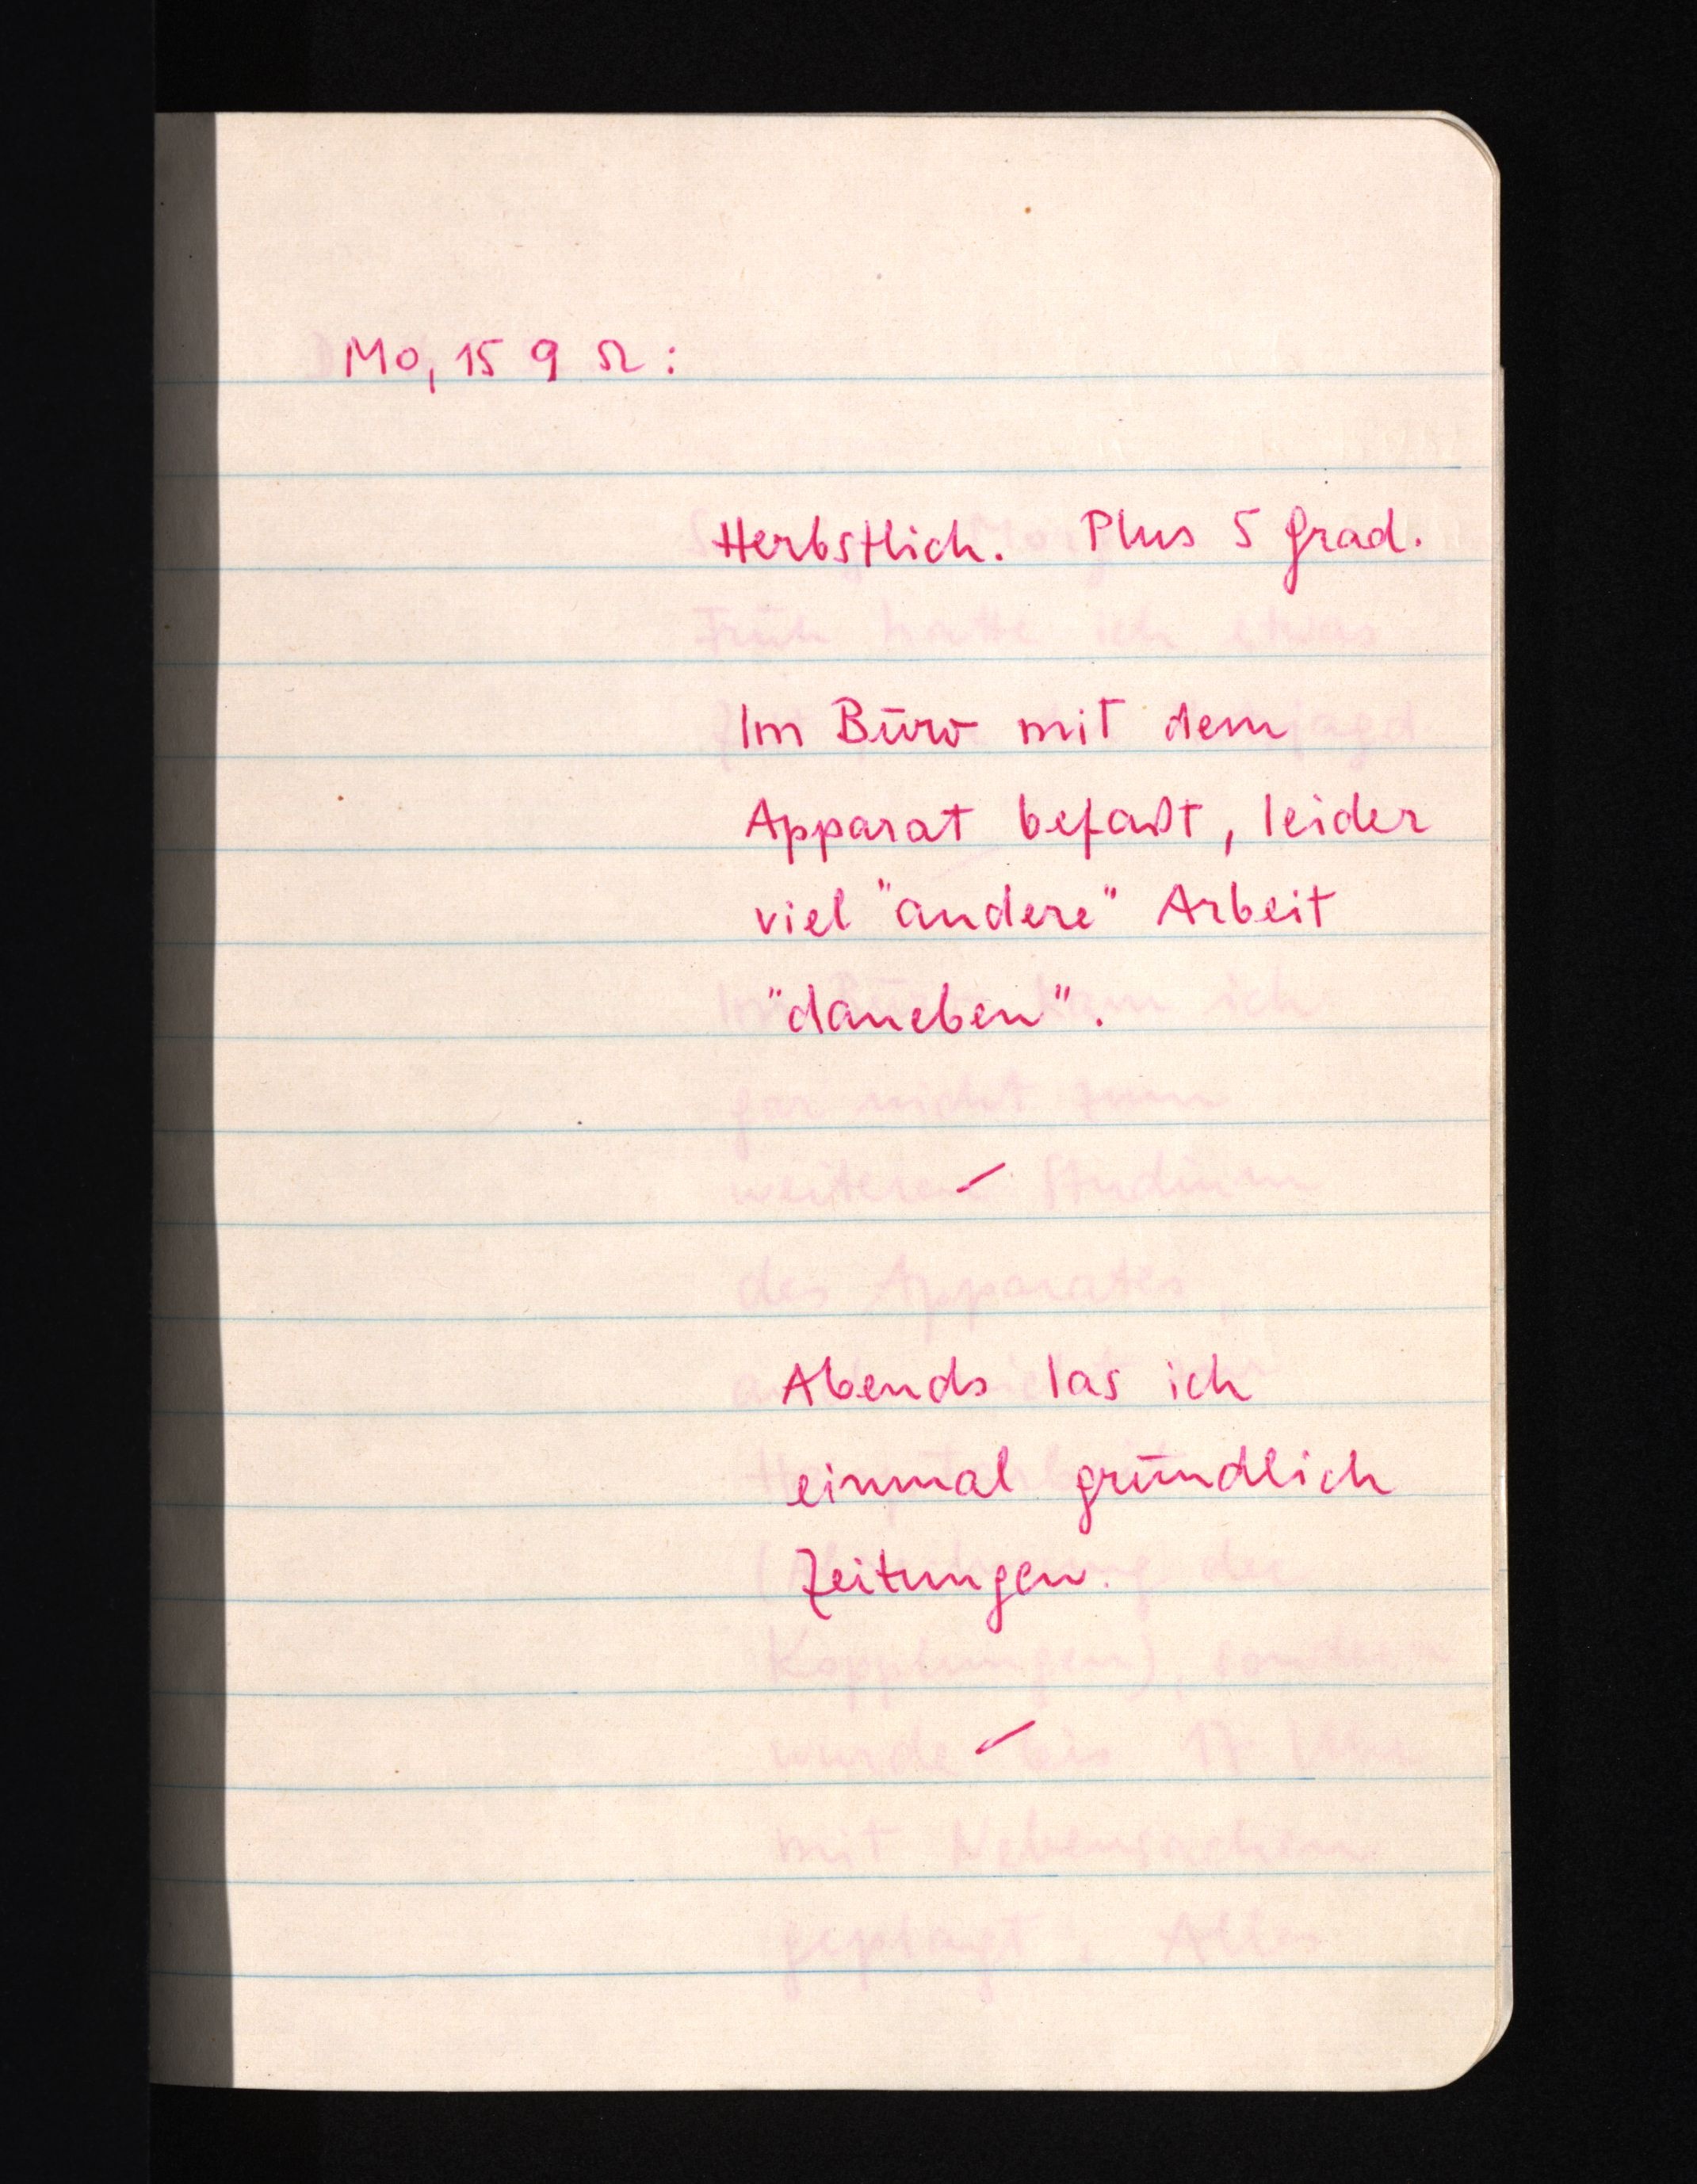
Mo, 15 9 52:
Herbstlich. Plus 5 Grad.
Im Büro mit dem
Apparat befaßt, leider
viel "andere" Arbeit
"daneben".
Abends las ich
einmal gründlich
Zeitungen.